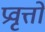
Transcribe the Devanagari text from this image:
प्रवृत्तो